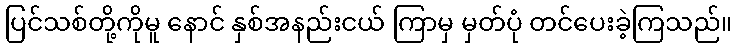
ပြင်သစ်တို့ကိုမူ နောင် နှစ်အနည်းငယ် ကြာမှ မှတ်ပုံ တင်ပေးခဲ့ကြသည်။